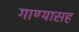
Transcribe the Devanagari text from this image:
गाण्यासह